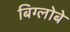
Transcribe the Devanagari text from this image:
बिग्लोबे